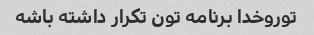
توروخدا برنامه تون تکرار داشته باشه